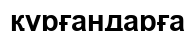
құрғандарға